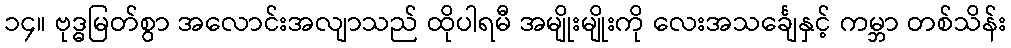
၁၄။ ဗုဒ္ဓမြတ်စွာ အလောင်းအလျာသည် ထိုပါရမီ အမျိုးမျိုးကို လေးအသင်္ချေနှင့် ကမ္ဘာ တစ်သိန်း